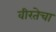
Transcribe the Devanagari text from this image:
वीरतेचा